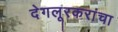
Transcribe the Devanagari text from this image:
देगलूरकरांचा